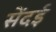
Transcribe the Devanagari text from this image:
सेंदई